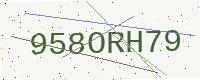
Text: 958ORH79